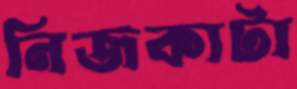
নিজকাটা